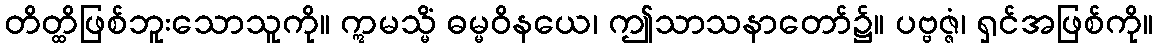
တိတ္ထိဖြစ်ဘူးသောသူကို။ ဣမသ္မိံ ဓမ္မဝိနယေ၊ ဤသာသနာတော်၌။ ပဗ္ဗဇ္ဇံ၊ ရှင်အဖြစ်ကို။